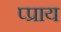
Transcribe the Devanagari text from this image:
प्प्राय